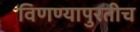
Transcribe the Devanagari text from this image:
विणण्यापुरतीच